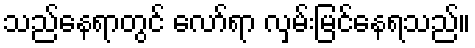
သည်နေရာတွင် လော်ရာ လှမ်းမြင်နေရသည်။